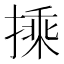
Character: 𭡽